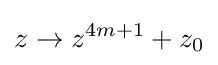
z\to z^{4m+1}+z_{0}